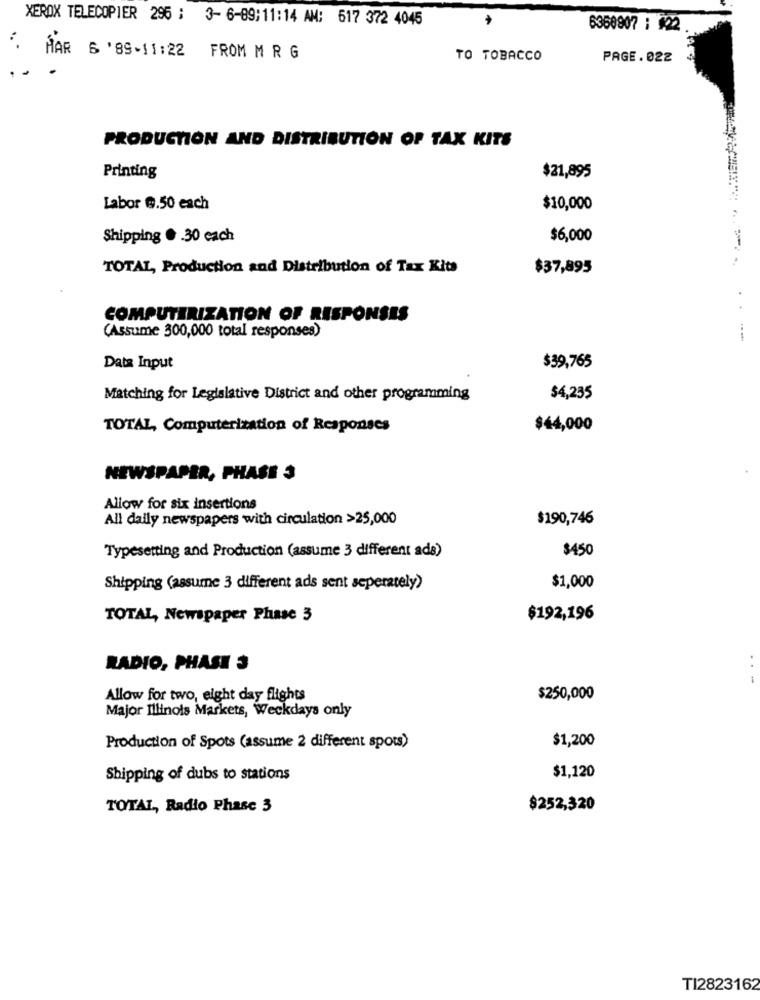
XEROX TELECOPIER 296 : 3- 6-89;11:14 AM: 617 372 4045
6350907 : 422
. MAR 6 '89-11:22 FROM M R G
TO TOBACCO
PAGE. 022
PRODUCTION AND DISTRIBUTION OF TAX KITS
Printing
$21,895
Labor @.50 each
$10,000
Shipping . . 30 each
$6,000
TOTAL, Production and Distribution of Tax Kits
$37,895
. .
COMPUTERIZATION OF RESPONSES
(Assume 300,000 total responses)
Data Input
$39,765
Matching for Legislative District and other programming
$4,235
TOTAL, Computerization of Responses
$44,000
NEWSPAPER, PHASE 3
Allow for six insertions
All daily newspapers with circulation >25,000
$190,746
Typesetting and Production (assume 3 different ads)
$450
Shipping (assume 3 different ads sent seperately)
$1,000
TOTAL, Newspaper Phase 3
$192,196
..
RADIO, PHASE 3
Allow for two, eight day flights
$250,000
Major Illinois Markets, Weckdays only
$1,200
Production of Spots (assume 2 different spots)
Shipping of dubs to stations
$1,120
TOTAL, Radio Phase 3
$252,320
TI2823162